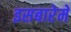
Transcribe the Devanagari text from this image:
इसबारेमे